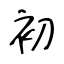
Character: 初